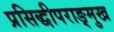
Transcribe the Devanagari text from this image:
प्रसिद्धीपराङ्‌मुख